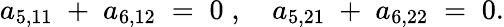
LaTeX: a_{5,11}\; +\; a_{6,12}\; =\; 0\; ,\quad a_{5,21}\; +\; a_{6,22}\; =\; 0.